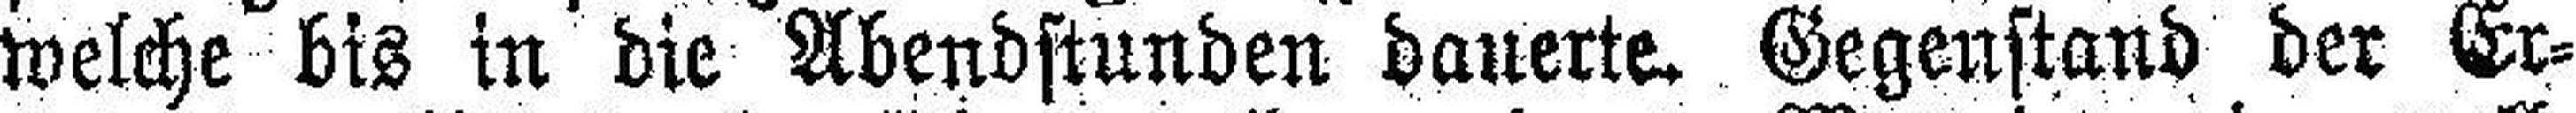
welche bis in die Abendstunden dauerte. Gegenstand der Er¬